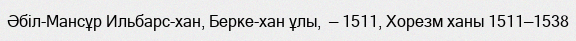
Әбіл-Мансұр Ильбарс-хан, Берке-хан ұлы,  — 1511, Хорезм ханы 1511—1538